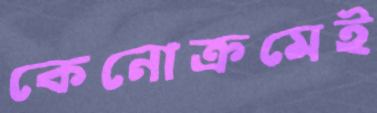
কেনোক্রমেই